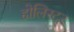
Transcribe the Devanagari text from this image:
होलिस्टर